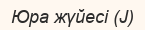
Юра жүйесі (J)